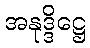
အနုဒ္ဒိဋ္ဌေ